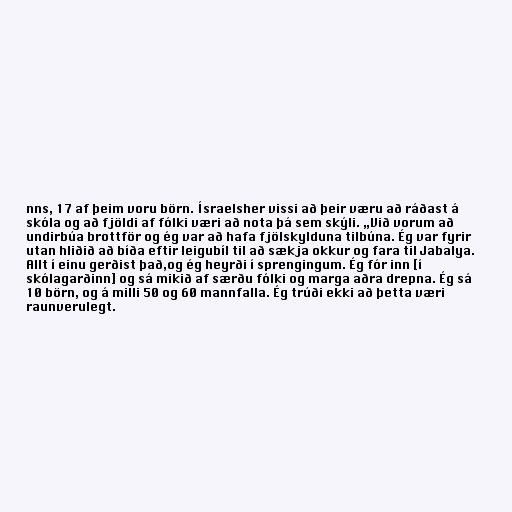
nns, 17 af þeim voru börn. Ísraelsher vissi að þeir væru að ráðast á
skóla og að fjöldi af fólki væri að nota þá sem skýli. „Við vorum að
undirbúa brottför og ég var að hafa fjölskylduna tilbúna. Ég var fyrir
utan hliðið að bíða eftir leigubíl til að sækja okkur og fara til Jabalya.
Allt í einu gerðist það,og ég heyrði í sprengingum. Ég fór inn [í
skólagarðinn] og sá mikið af særðu fólki og marga aðra drepna. Ég sá
10 börn, og á milli 50 og 60 mannfalla. Ég trúði ekki að þetta væri
raunverulegt.